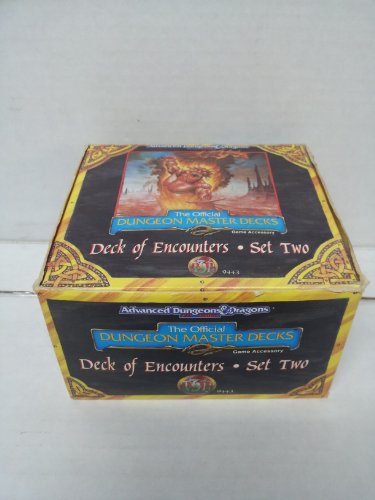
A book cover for Deck of Encounters (Advanced Dungeons & Dragons : the Official Dungeon Master Deck/Set Two) (Set 2); Drew Bittner; Science Fiction & Fantasy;